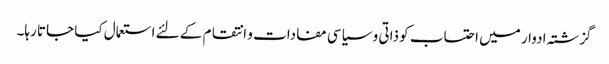
گزشتہ ادوار میں احتساب کو ذاتی و سیاسی مفادات و انتقام کے لئے استعمال کیا جاتا رہا۔